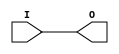
module IBUF_SSTL3_I_DCI (O, I);

    output O;

    input  I;

	buf B1 (O, I);


endmodule